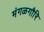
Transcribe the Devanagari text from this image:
मंगळगौरि